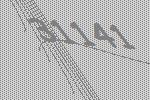
31141